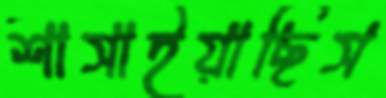
শাসাইয়াছিস